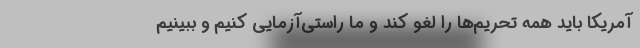
آمریکا باید همه تحریم‌ها را لغو کند و ما راستی‌آزمایی کنیم و ببینیم